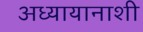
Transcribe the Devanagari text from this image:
अध्यायानाशी